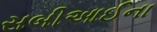
સબીઆઈના